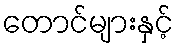
တောင်များနှင့်